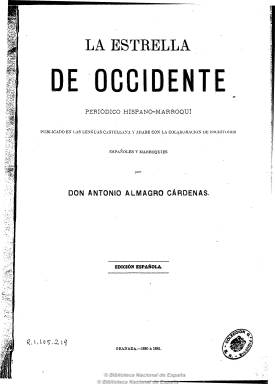
Título: La Estrella de occidente
Colección: Literatura || África
Ámbito geográfico: Granada
Lugar de publicación: Granada
Fechas: 01/12/1879-01/09/1880

Publicación fundada y dirigida por el arabista granadino Antonio Almagro Cárdenas (1856-1919) que edita desde el uno de diciembre de 1879 hasta el uno de septiembre de 1880 un total de 19 números, con periodicidad quincenal y en cuadernos de cuatro páginas, y que debió difundirse como suplemento del diario La lealtad de Granada. Aparece primero con el subtítulo de “periódico hispano-marroquí” y después con el de “periódico literario quincenal”, con la indicación de que es “publicado en las lenguas castellana y árabe, con la colaboración de españoles y marroquíes”.

También se indica en su cabecera que se trata de la edición popular española, pues el 25 de noviembre de 1879 había aparecido Nechmat Almagreb, es decir, una edición en lengua y tipografía árabes, en números de dos páginas.

Sus páginas se dividen en tres secciones. La primera es una crónica de actualidad marroquí; la segunda es la traducción al castellano de la edición en árabe y, la tercera, una crónica granadina, y se considera una edición aumentada de la edición en árabe.

Sus contenidos son escritos antiguos y contemporáneos traducidos del árabe al castellano, noticias y crónicas de actualidad general y cultural tanto marroquí como granadina y breves artículos biográficos, de historia, tradiciones, costumbres, literatura, etc.

Su último número de la edición española cuenta con un índice general y la colección de la Biblioteca Nacional de España incluye al final seis números de la edición en lengua y tipografía arábigas.

Tras una larga interrupción, reapareció a finales de 1890 como órgano de la Unión Hispano-Mauritánica, primero con periodicidad quincenal y después semanal y bimensual, cesando el uno de julio de 1893. Fue continuada por el Boletín de la Sociedad Unión Hispanomauritánica (1894-1899).

Bernabé López García publicó un estudio sobre esta prensa en Cuadernos de la Biblioteca Española en Tetuán, en 1981.

[A continuación del ejemplar del 1 de septiembre de 1880 aparecen los 6 números, del 25 de nov. 1879 al 1 mayo 1880, de la edición en árabe: Naǧmat al-Maġrib]